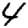
Digit: 4